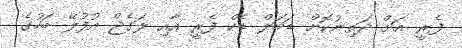
ފެރީ އަށް ދަތިނުކޮށް ޑަބަލް ޑެކް ފެރީ އާއި ލަގެޖް އުފުލޭ ބަހުގެ